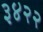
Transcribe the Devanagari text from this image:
३४२२